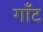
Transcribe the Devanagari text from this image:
गॉंट